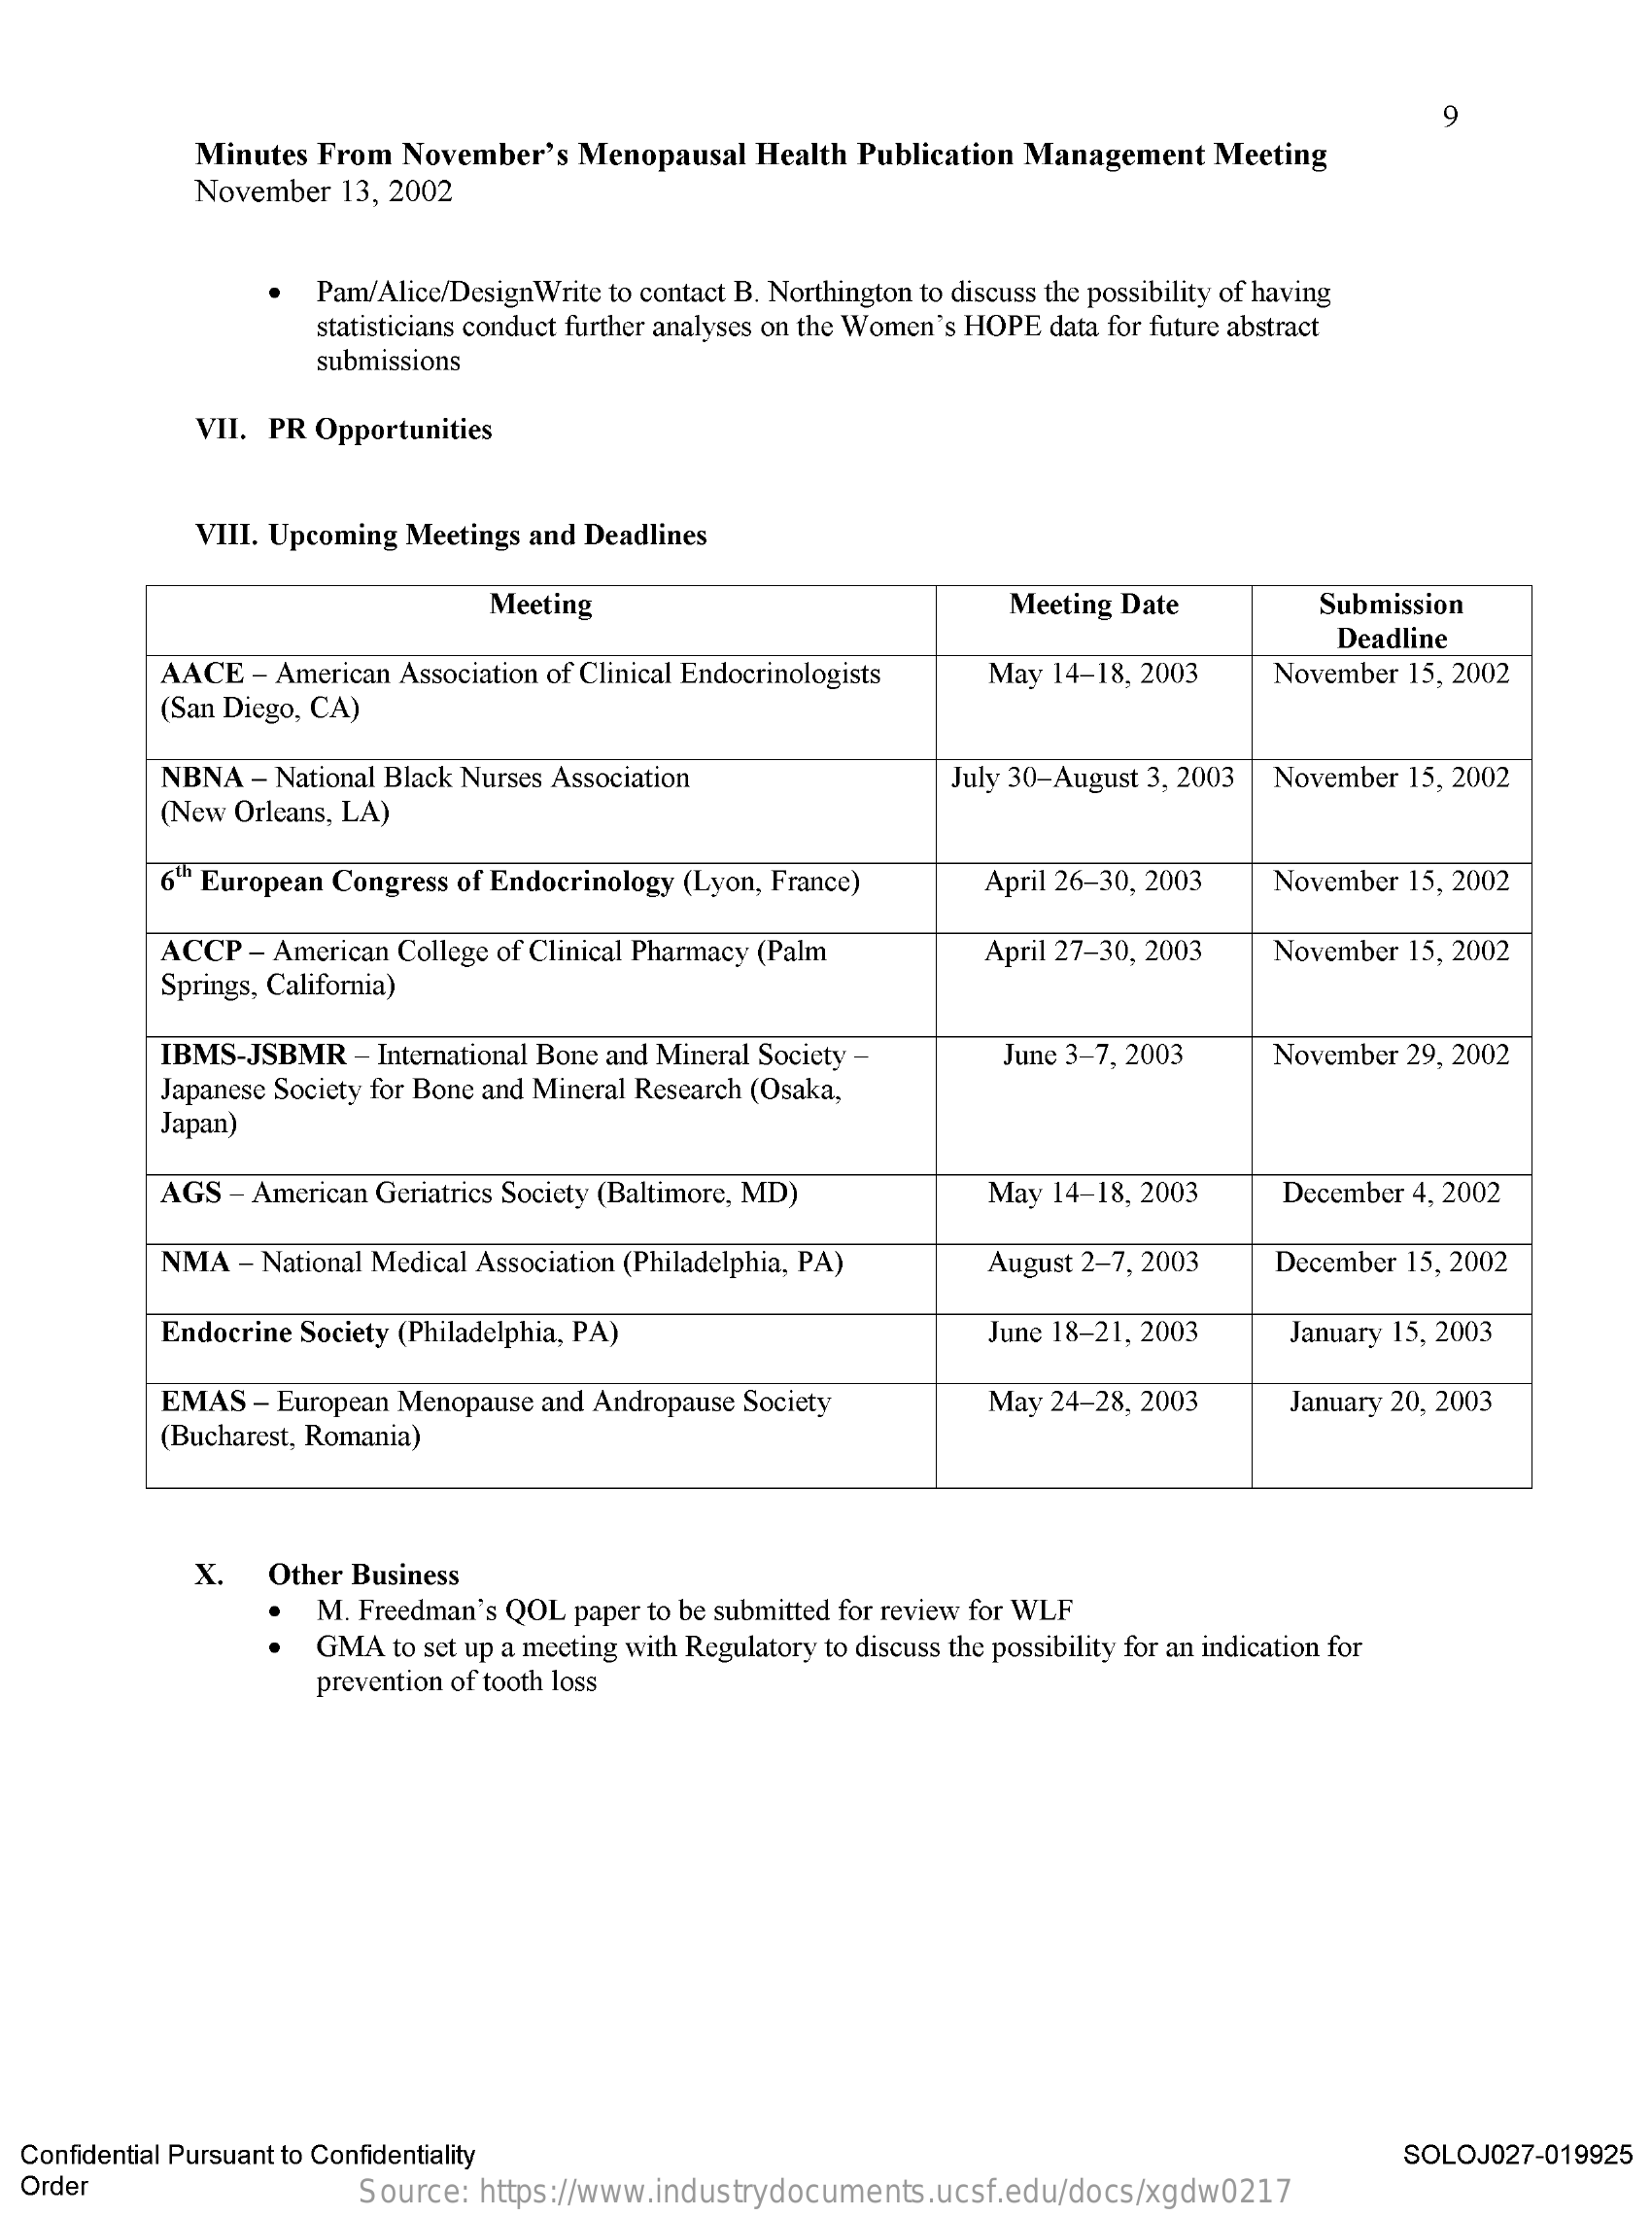
9
     Minutes From November's Menopausal Health Publication Management Meeting
     November 13, 2002
     Pam/Alice/DesignWrite to contact B. Northington to discuss the possibility of having
     statisticians conduct further analyses on the Women's HOPE data for future abstract
     submissions
     VII. PR Opportunities
     VIII. Upcoming Meetings and Deadlines
     Meeting    Meeting Date    Submission
     Deadline
     AACE - American Association of Clinical Endocrinologists May 14-18, 2003 November 15, 2002
     (San Diego, CA)
     NBNA - National Black Nurses Association    July 30-August 3, 2003 November 15, 2002
     (New Orleans, LA)
     6th European Congress of Endocrinology (Lyon, France) April 26-30, 2003 November 15, 2002
     ACCP - American College of Clinical Pharmacy (Palm April 27-30, 2003 November 15, 2002
     Springs, California)
     IBMS-JSBMR  - International Bone and Mineral Society - June 3-7, 2003 November 29, 2002
     Japanese Society for Bone and Mineral Research (Osaka,
     Japan)
     AGS - American Geriatrics Society (Baltimore, MD) May 14-18, 2003 December 4, 2002
     NMA  - National Medical Association (Philadelphia, PA) August 2-7, 2003 December 15, 2002
     Endocrine Society (Philadelphia, PA)    June 18-21, 2003  January 15, 2003
     EMAS - European Menopause and Andropause Society May 24-28, 2003
     (Bucharest, Romania)
     January 20, 2003
     x.  Other Business
     M. Freedman's QOL paper to be submitted for review for WLF
     GMA  to set up a meeting with Regulatory to discuss the possibility for an indication for
     prevention of tooth loss
  Confidential Pursuant to Confidentiality    SOLOJ027-019925
  Order    Source: https://www.industrydocuments.ucsf.edu/docs/xgdw0217